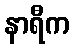
နာရီက